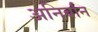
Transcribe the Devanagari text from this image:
अनिर्बान